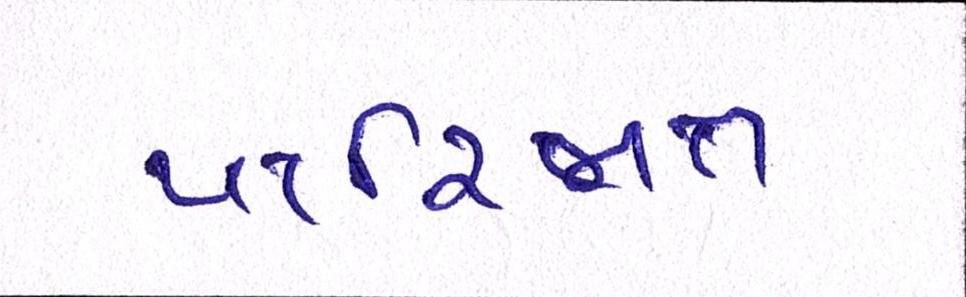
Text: પારિજાત